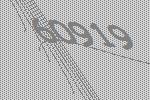
60919